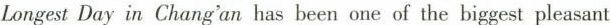
Longest Day in Chang'an has been one of the biggest pleasant